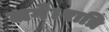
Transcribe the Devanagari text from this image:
लगे।रात्रि